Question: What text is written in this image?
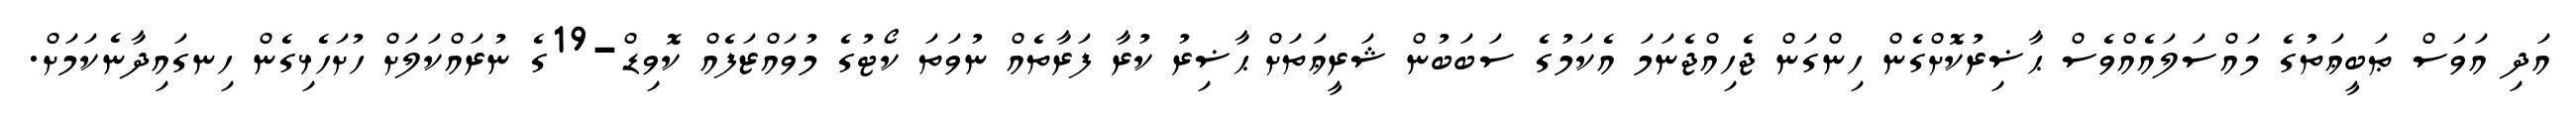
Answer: އަދި އަވަސް ޠަބީޢަތުގެ މައްސަލައެއްވެސް ޙާޟިރުކޮށްގެން ހިންގަން ޖެހިއްޖެނަމަ އެކަމުގެ ސަބަބުން ޝަރީޢަތަށް ޙާޟިރު ކުރާ ފަރާތެއް ނުވަތަ ކޯޓުގެ މުވައްޒަފެއް ކޮވިޑް-19ގެ ނުރައްކަލަށް ހުށަހެޅިގެން ހިނގައިދާނެކަމަށް.